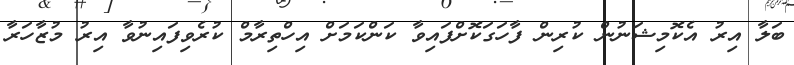
ބަލާ އިރު އެކޮމިޝަނުން ކުރިން ފާހަގަކޮށްފައިވާ ކަންކަމަށް އިހްތިރާމް ކުރެވިފައިނުވާ އިރު މުޒާހަރާ